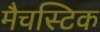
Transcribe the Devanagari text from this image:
मैचस्टिक